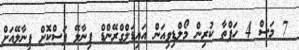
7 މަސް 4 ހަފްތާ ކުރިން މޯލްޑިވިއަން އައިޑަލްގްރޭންޑް ފިނާލޭ ފަސްކޮށް ފިނާލޭއަށް